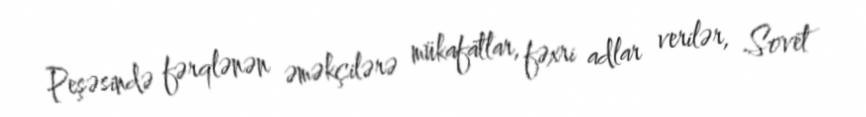
Peşəsində fərqlənən əməkçilərə mükafatlar, fəxri adlar verilər, Sovet